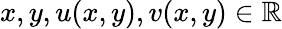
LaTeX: x,y,u(x,y),v(x,y)\in\mathbb{R}